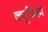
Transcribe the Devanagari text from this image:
क्यूबिस्मे